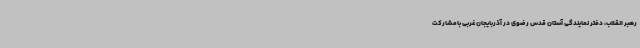
رهبر انقلاب، دفتر نمایندگی آستان قدس رضوی در آذربایجان غربی بامشارکت